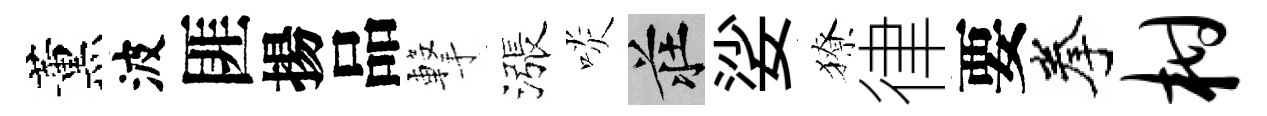
薰波匪揚品撃漲啖莊娑獠律要拳柑